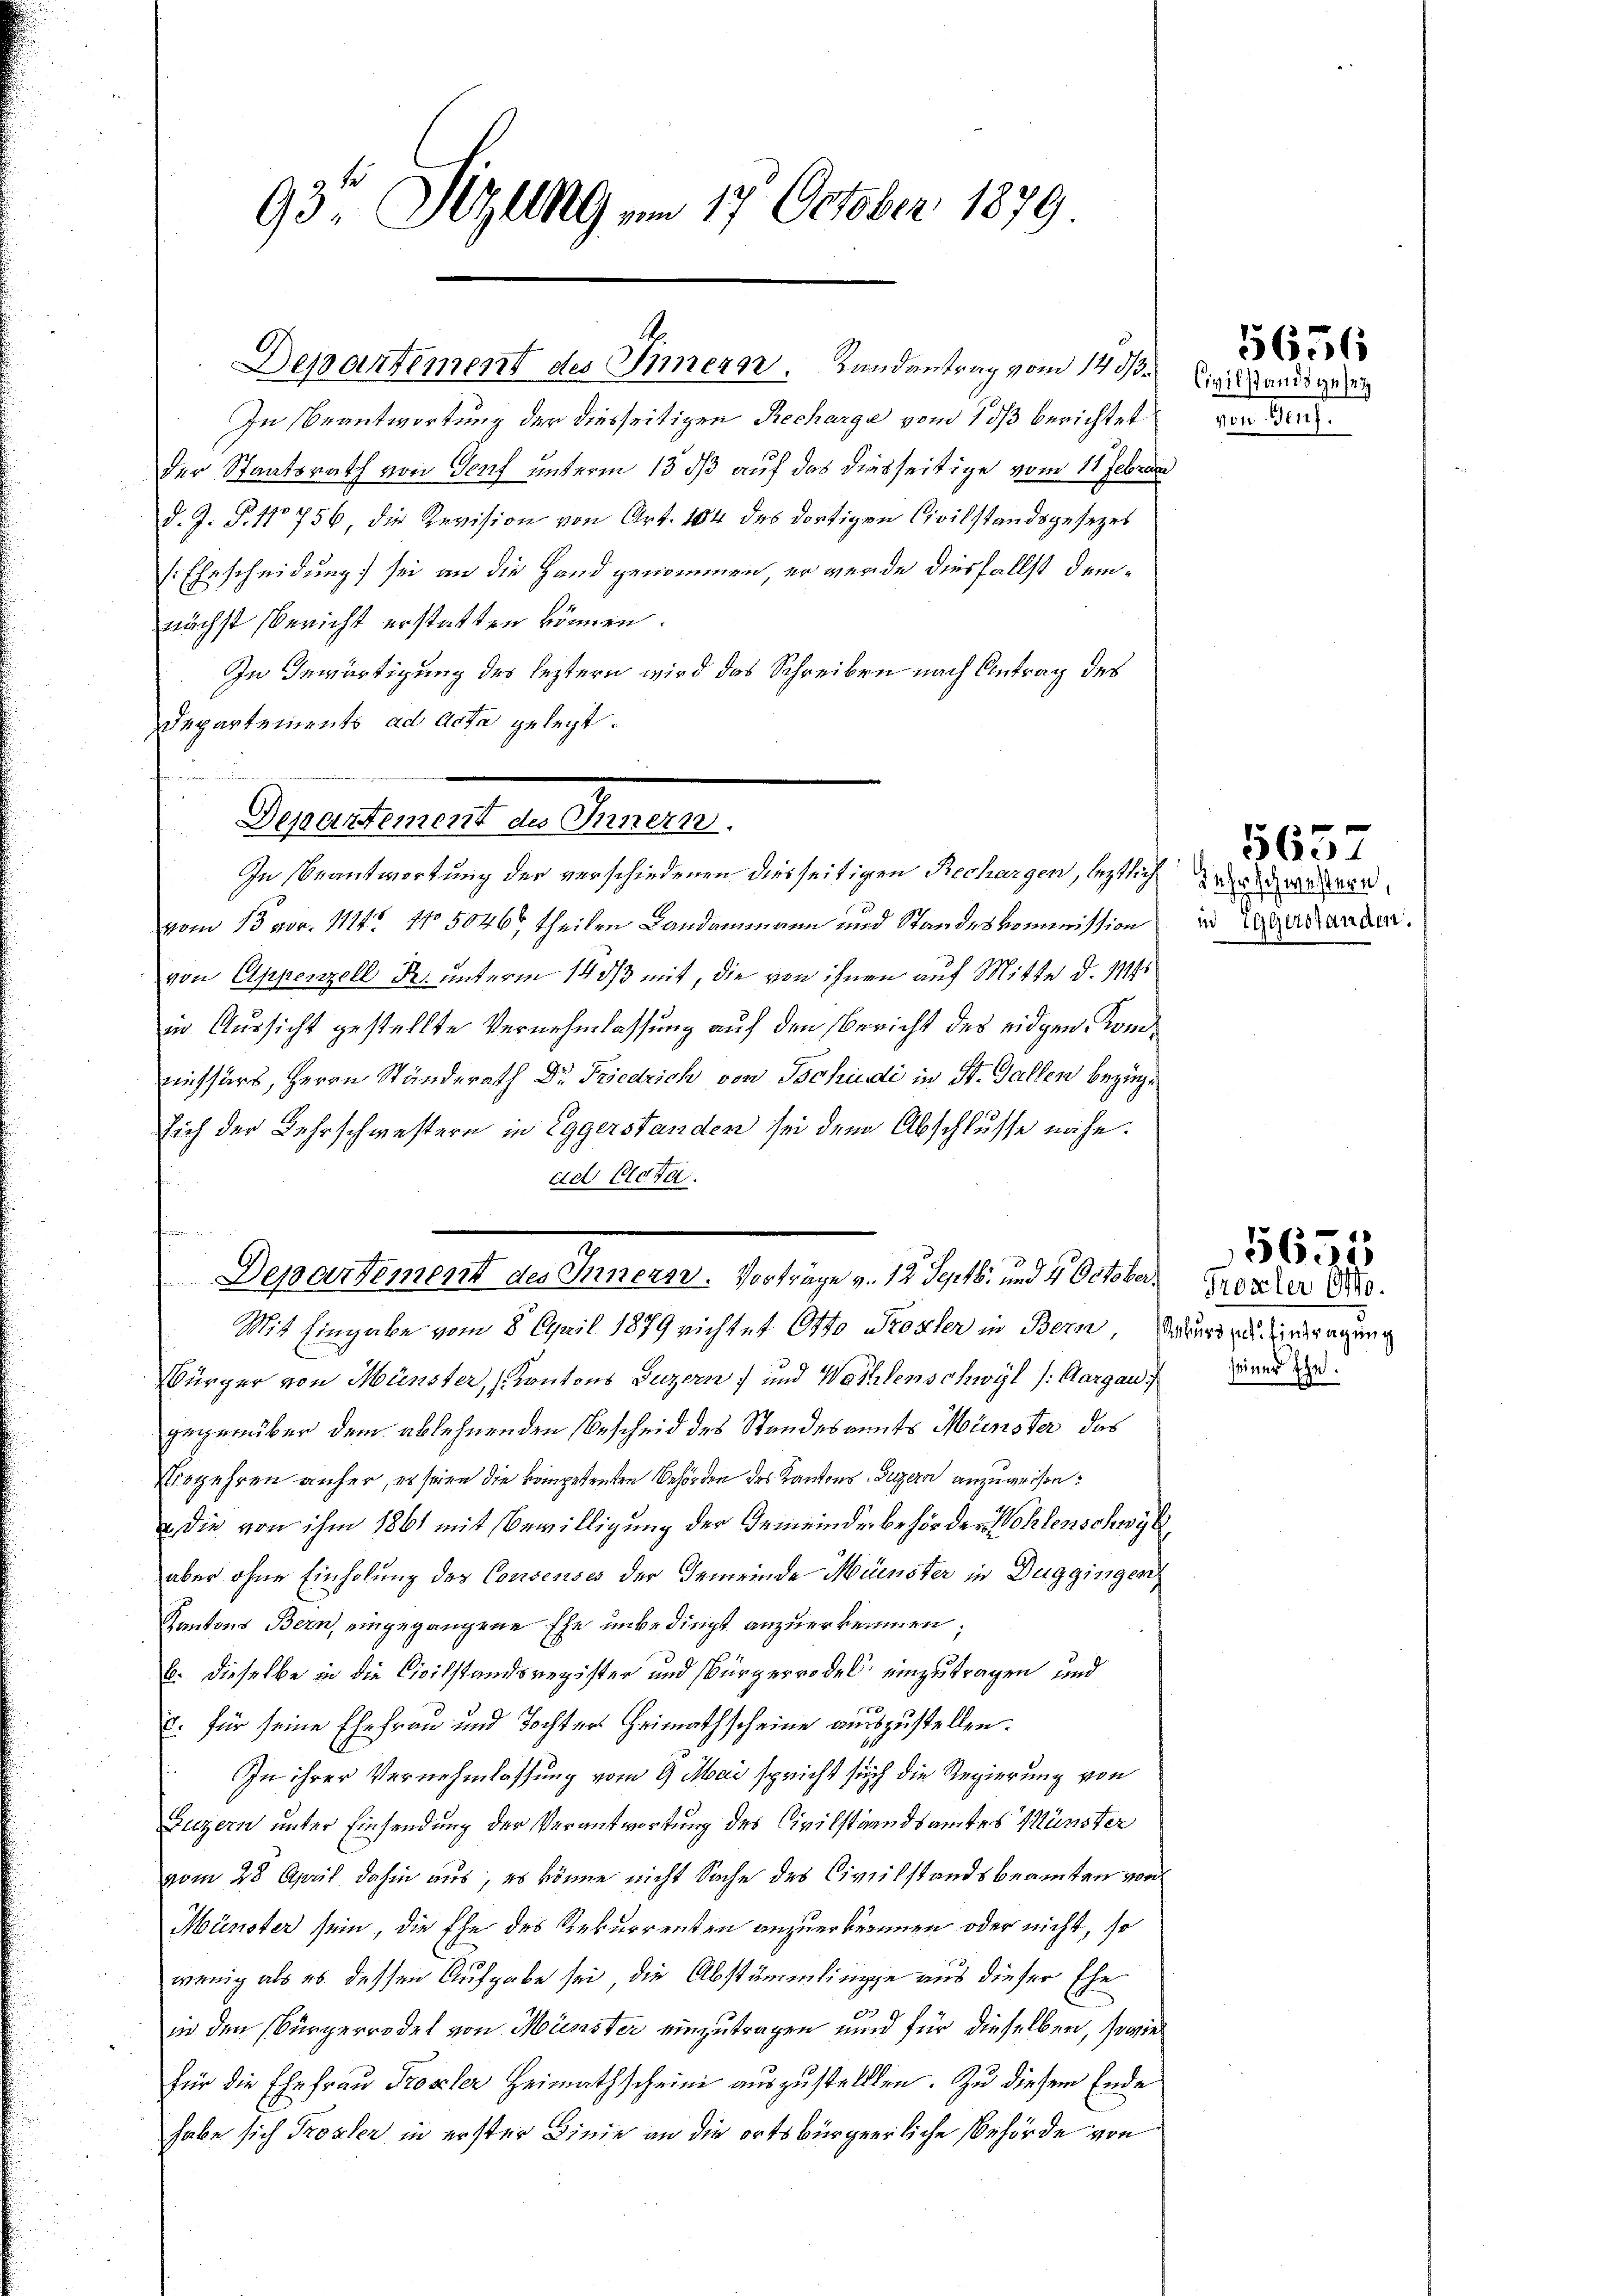
93te Sitzung am 17. October 1879

In Beantwortung der diesseitigen Recharge vom 7 ds berichtet
der Staatsrath von Genf unterm 13 dß auf das diesseitige vom 11 Februn
d. J. P. 11 756 die Revision von Art. 184 des dortigen Civilstandsgesezes
(Ehrscheidung sei an die Hand genommen, er wurde diesfallst demnächst Bericht erstatten können.
In Inwärtigung des leztern wird das Schreiben nach Antrag des
Departements ad Acta gelegt.
vom 13 vor. 1114. No 5046 theilen Landammann und Standeskommission
von Appenzell R. unterm 14 ds mit, die von ihnen auf Mitte d. 111
in Aussicht gestellte Vernehmlassung auf den Bericht des eidgen. Kommissers, Herrn Ständerath Dr. Friedrich von Tschudi in St. Gallen beziege
sich der Lehrschwestern in Eggerstanden sei dem Abschlusse nähe.
cid Cleta
Mit Eingabe vom 8 April 1879 nichtet Otto Stoxler in Bern, dauer zu erdragung
Bürger von Münster, Kantons Luzern) und Wohlenschwyl (Aargau,
gegenüber dem ablehnenden Bescheid des Standesamts Münster das
egehren anher, er seien die kompetenten Behörden des Kantons Luzern anzuweisen:
 die von ihm 1861 mit Bewilligung der Gemeinde behör der Wohlenschwytz
aber ohne Einholung des Consenses der Gemeinde Münster in Duggingen
Kantons Bern, eingegangene Ehe unbedingt anzuerkennen;
b. dieselbe in die Civilstandsregister und Bürgerrodel einzutragen und
E: für seine Ehefrau und Tochter Heimathscheine auszustellen.
In ihrer Vernehmlassung vom 9. Mai spricht sich die Regierung von
Luzern unter Einsendung der Verantwortung des Civilstandsamtes Münster
vom 28 April dahin aus, es könne nicht Sache des Civilstandsbeamten von
Münster sein, die Ehe des Rekurrenten anzuerkennen oder nicht, so
wenig als es dessen Aufgabe sei, die Abstämmlinge aus dieser Ehe
2
in den Bürgerrodel von Münster einzutragen und für dieselben, sowie
für die Ehefrau Prozler Heimathscheine auszustellten. Zu diesem Ende
habe sich Trosten in erster Linie an die ortsbürgerliche Behörde von

Departement des Innerer. Landantrag vom 14. ds.

Departement des Innern,
In Beantwortung der verschiedenen diesseitigen Rechargen, leztlich

e
Departement des Innern. Vorträge v. 12 Septbr. und 4 October

Civilstands gesetz
Dose ent

5656

Sehr schwestern,
in Eggerstanden.

1657

Fester die
seiner Ehe.

56